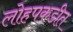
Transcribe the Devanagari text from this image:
लोहपकडीत